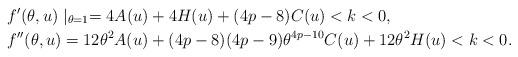
LaTeX: \begin{align*}&f'(\theta,u)\mid_{\theta=1}=4A(u)+4H(u)+(4p-8)C(u)<k<0,\\&f''(\theta,u)=12\theta^{2}A(u)+(4p-8)(4p-9)\theta^{4p-10}C(u)+12\theta^{2}H(u)<k<0.\end{align*}